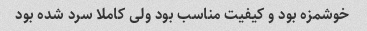
خوشمزه بود و کیفیت مناسب بود ولی کاملا سرد شده بود